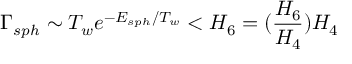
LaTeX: \Gamma _ { s p h } \sim T _ { w } e ^ { - E _ { s p h } / T _ { w } } < H _ { 6 } = ( \frac { H _ { 6 } } { H _ { 4 } } ) H _ { 4 }